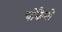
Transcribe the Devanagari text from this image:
चोकैनो